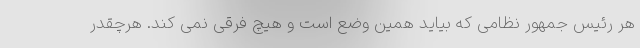
هر رئیس جمهور نظامی که بیاید همین وضع است و هیچ فرقی نمی کند. هرچقدر